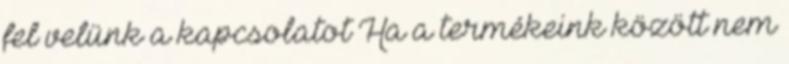
fel velünk a kapcsolatot Ha a termékeink között nem